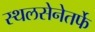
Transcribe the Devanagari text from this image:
स्थलसेनेतर्फे